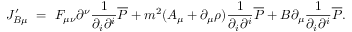
J _ { B \mu } ^ { \prime } ~ = ~ F _ { \mu \nu } \partial ^ { \nu } \frac { 1 } { \partial _ { i } \partial ^ { i } } { \overline { { { \cal P } } } } + m ^ { 2 } ( A _ { \mu } + \partial _ { \mu } \rho ) \frac { 1 } { \partial _ { i } \partial ^ { i } } { \overline { { { \cal P } } } } + B \partial _ { \mu } \frac { 1 } { \partial _ { i } \partial ^ { i } } { \overline { { { \cal P } } } } .